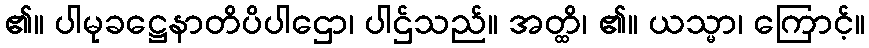
၏။ ပါမုခဋ္ဌေနာတိပိပါဌော၊ ပါဌ်သည်။ အတ္ထိ၊ ၏။ ယသ္မာ၊ ကြောင့်။